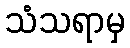
သံသရာမှ